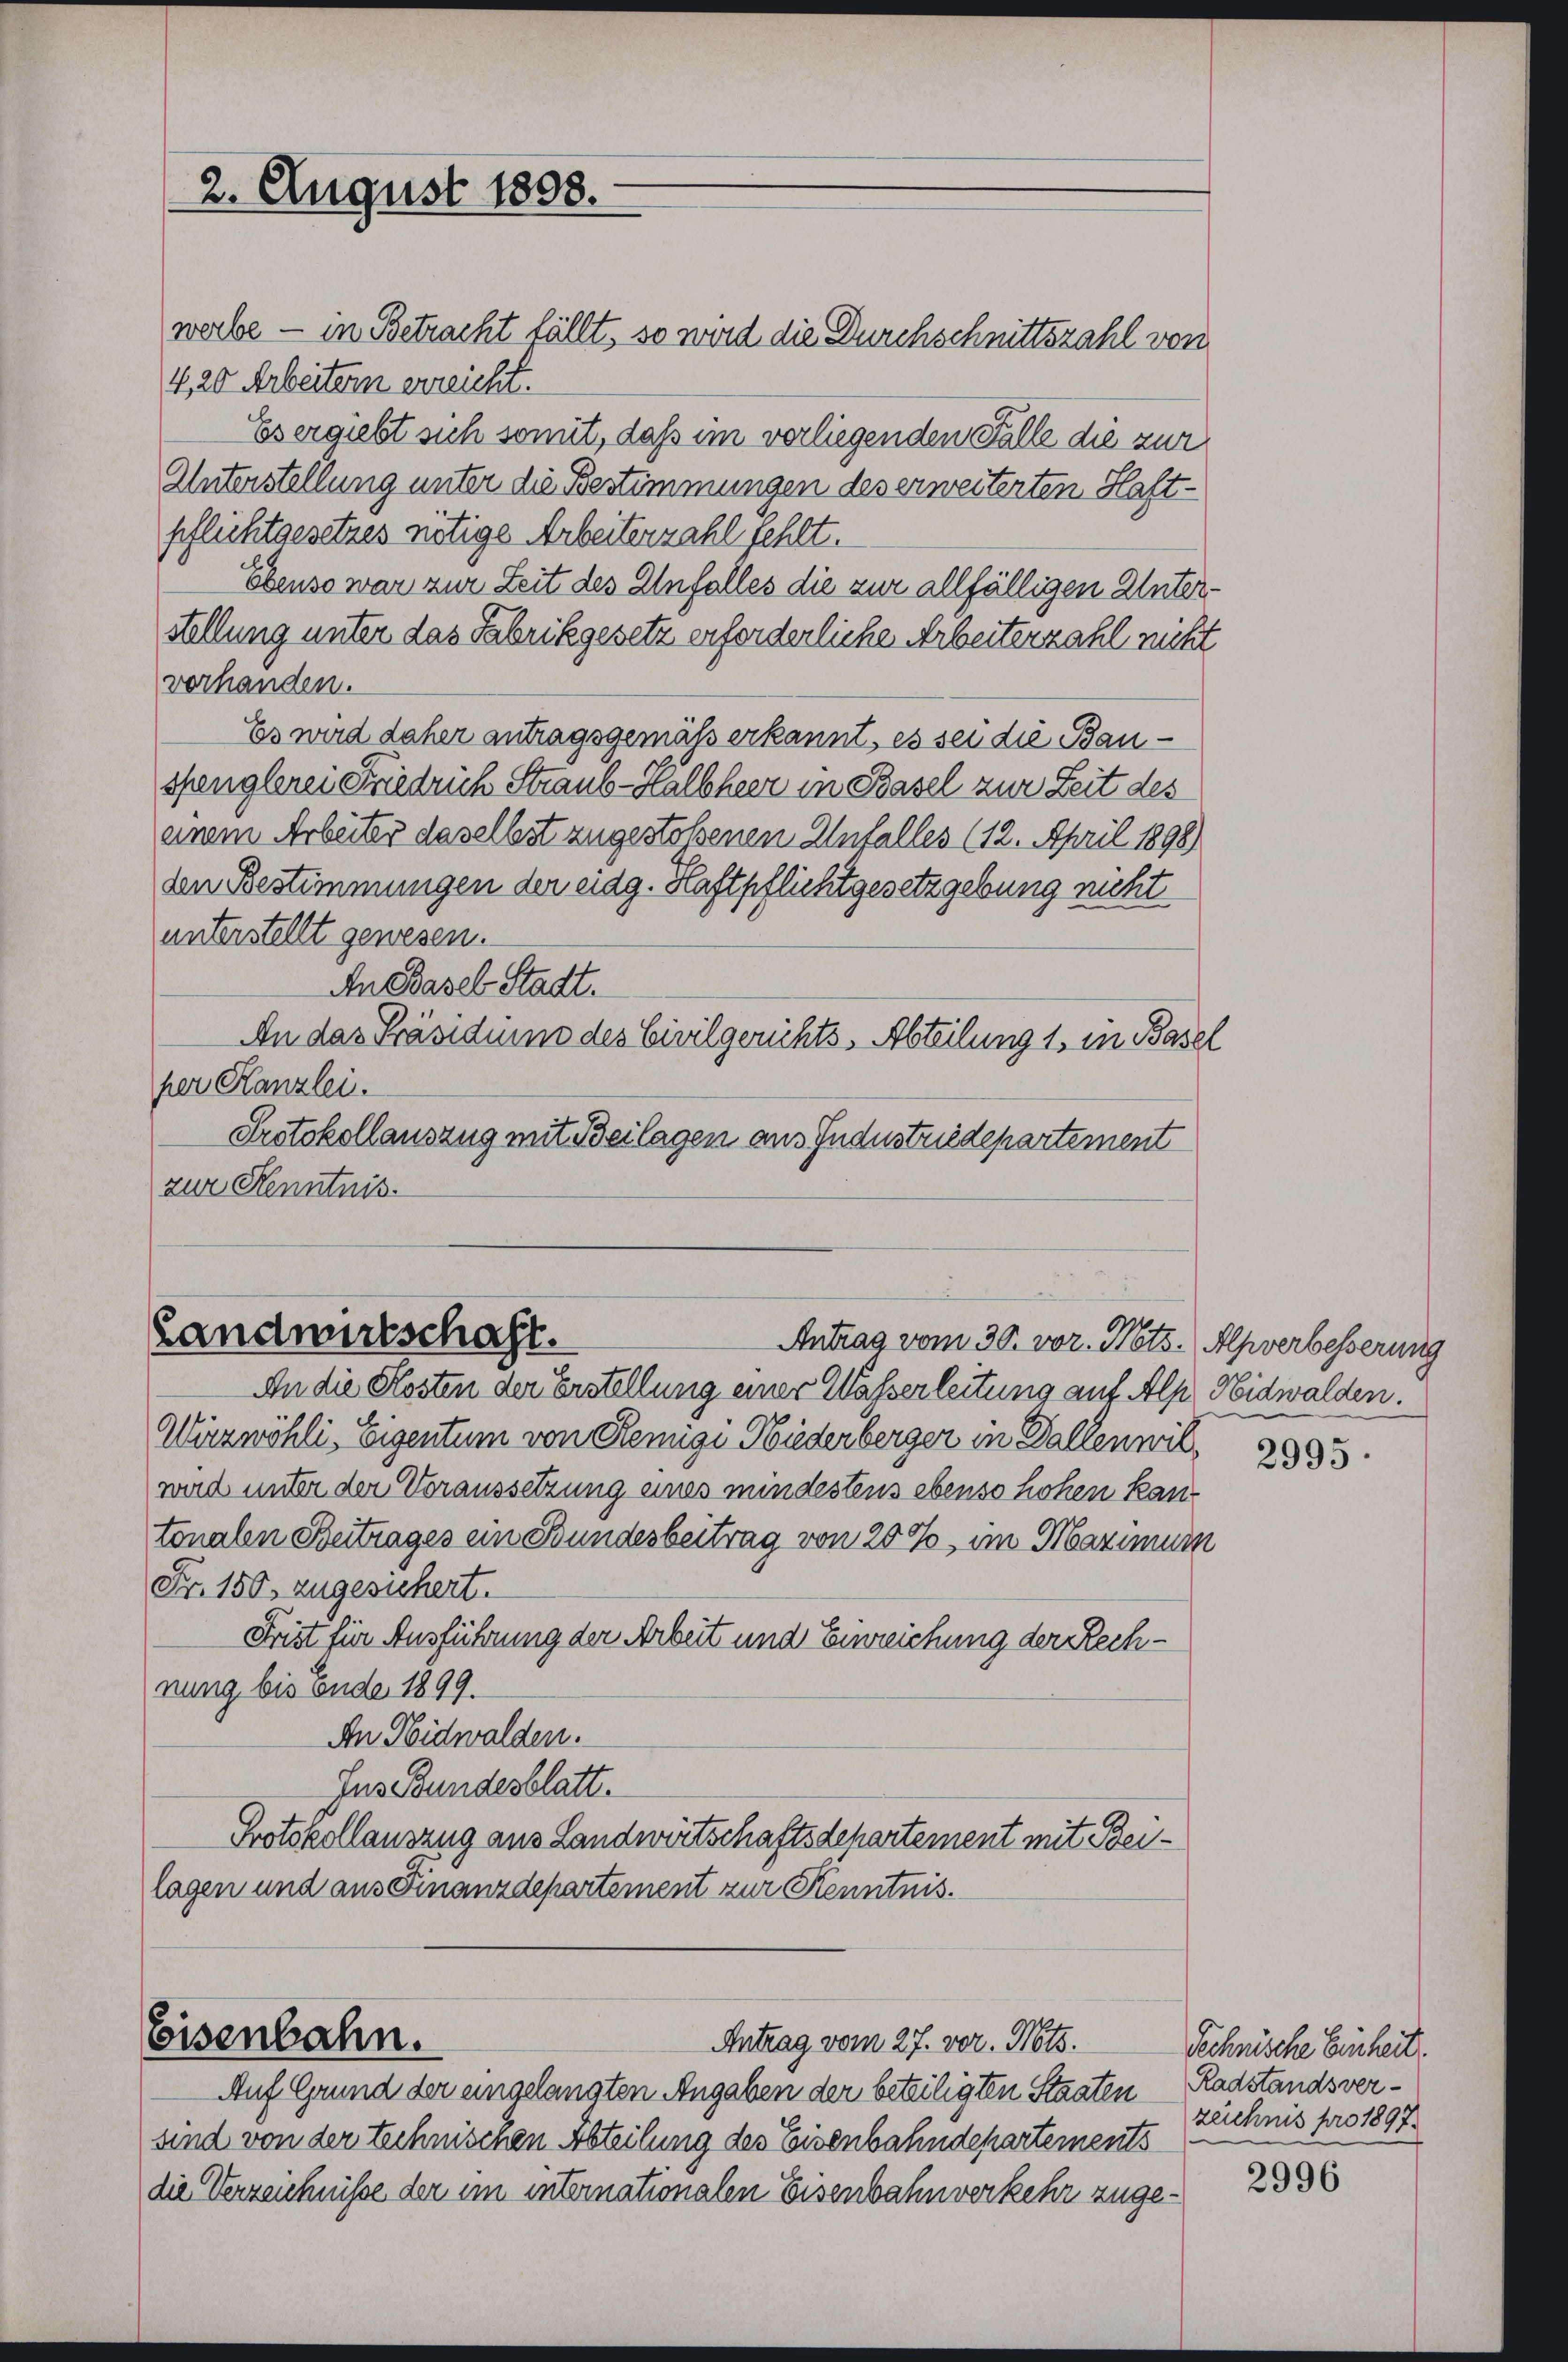
2. August 1808.

werbe — in Betracht fällt, so wird die Durchschnittszahl von
4,20 Arbeitern erreicht.
Es ergiebt sich somit, daß im vorliegenden Falle die zur
Unterstellung unter die Bestimmungen des erweiterten Haft
pflichtgesetzes nötige Arbeiterzahl fehlt.
Ebenso war zur Zeit des Unfalles die zur allfälligen Unterstellung unter das Fabrikgesetz erforderliche Arbeiterzahl nicht
vorhanden.
Es wird daher antragsgemäß erkannt, es sei die Bauspenglerei Friedrich Straub-Halbheer in Basel zur Zeit des
einem Arbeiter daselbst zugestoßenen Unfalles (12. April 1898)
den Bestimmungen der eidg. Haftpflichtgesetzgebung nicht
unterstellt gewesen.
An Basel Stadt.
An das Präsidium des Civilgerichts-Abteilung 1. in Basel
per Canzlei.
Protokollauszug mit Beilagen aus Industriedepartement
zur Kenntnis.

Landwirtschaft.
Antrag vom 30. vor. Mts. Alpverbesserung

Eisenbahn.
Antrag vom 27. vor. Mts.

Auf Grund der eingelangten Angaben der beteiligten Staaten
sind von der technischen Abteilung des Eisenbahndepartements
die Verzeichnisse der im internationalen Eisenbahnverkehr zuge¬

An die Kosten der Erstellung einer Wasserleitung auf Alp Nidwalden.
Wirzwöhli, Eigentum von Remigi Niederberger in Fallenwilwird unter der Voraussetzung eines mindestens ebenso hohen kan
tonalen Beitrages ein Bundesbeitrag von 200, im Maximum
Fr. 150. zugesichert.
Frist für Ausführung der Arbeit und Einreichung der Rechnung bis Ende 1899.
An Nidwalden.
Jus Bundesblatt.
Protokollauszug aus Landwirtschaftsdehartement mit Beilagen und aus Finanzdepartement zur Kenntnis¬

2995.

Technische Einheit.
Radstandsverzeichnis pro 1897.

2996